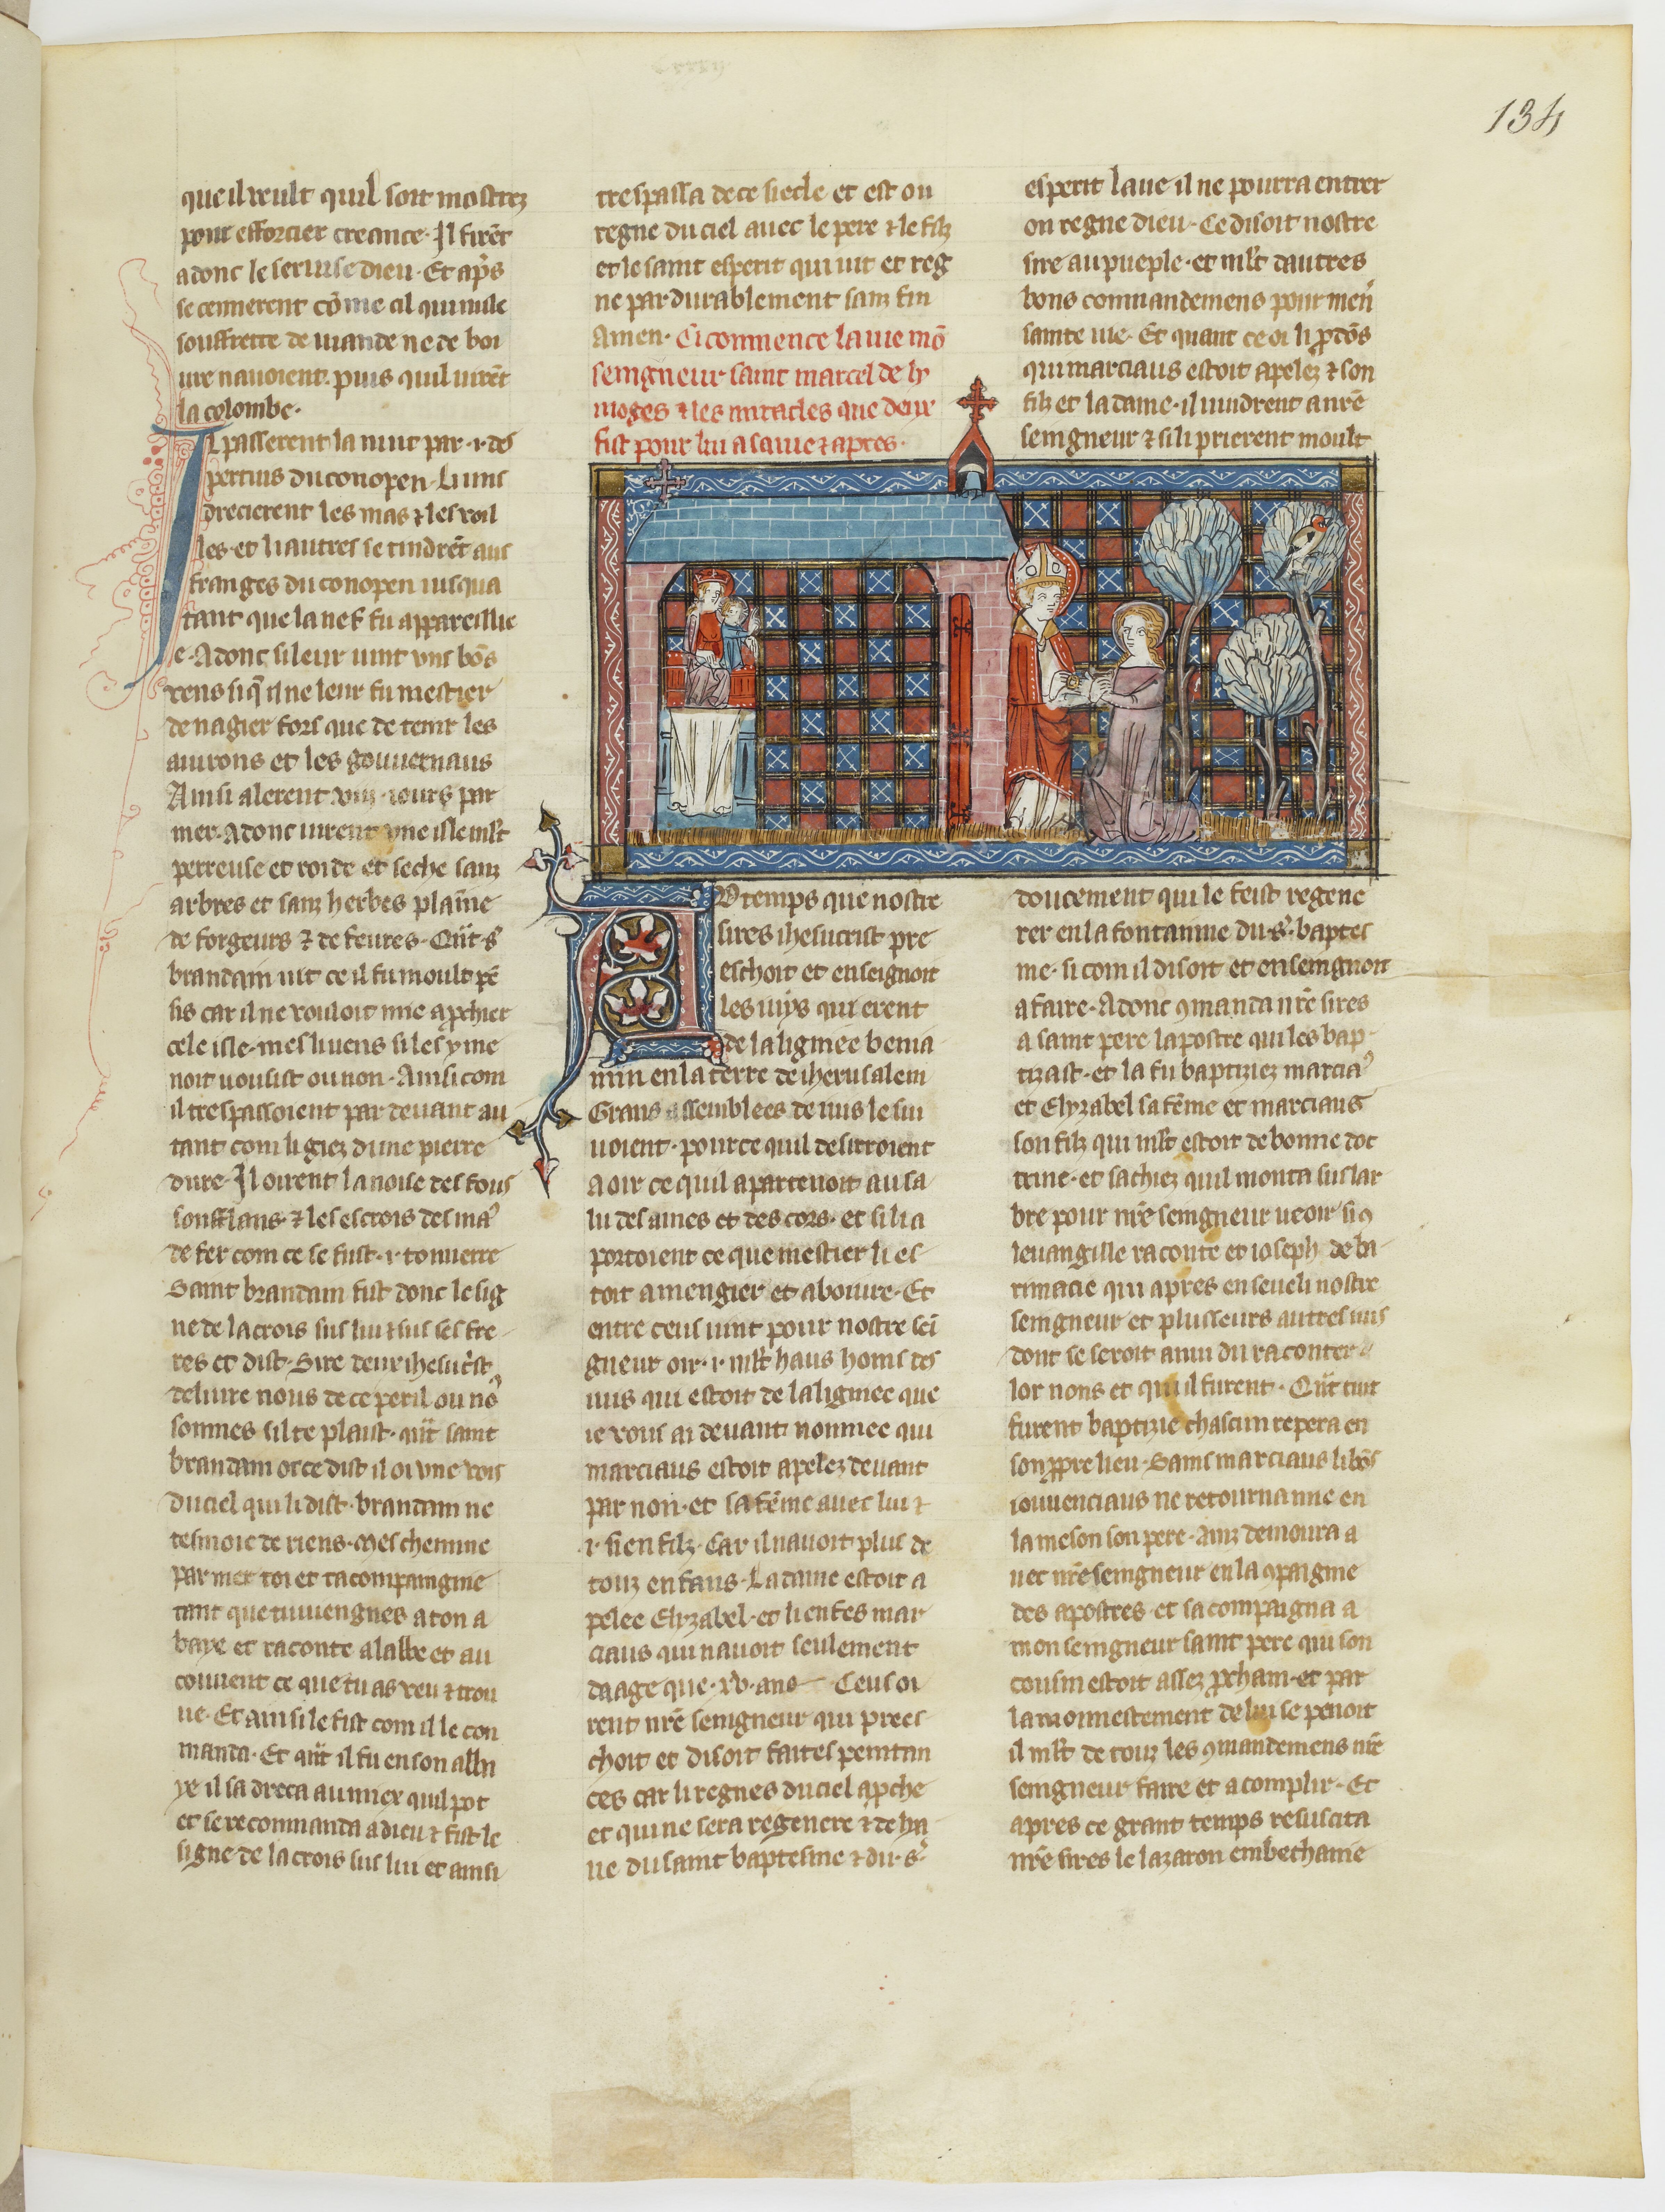
Shelfmark: Paris, BnF, fr. 185
Century: 15